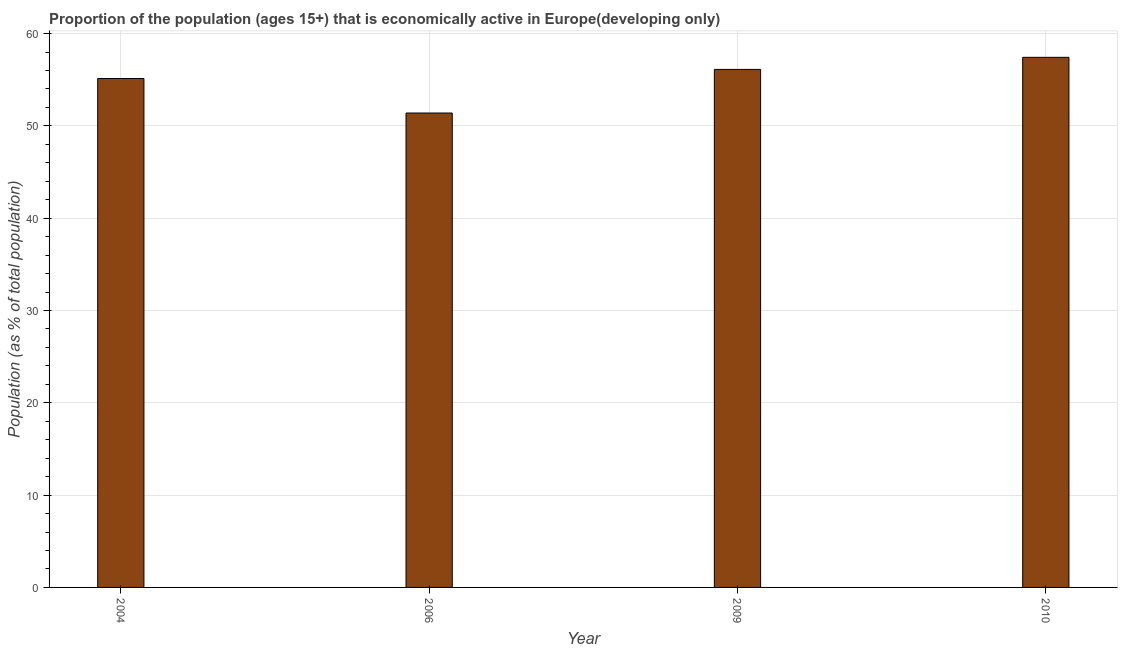
| Year | Labor force participation rate total |
 | --- | --- |
 | 2004 | 55.1 |
 | 2006 | 51.4 |
 | 2009 | 56.1 |
 | 2010 | 57.4 |